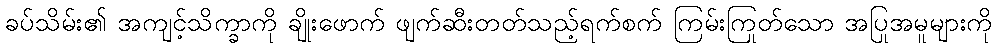
ခပ်သိမ်း၏ အကျင့်သိက္ခာကို ချိုးဖောက် ဖျက်ဆီးတတ်သည့်ရက်စက် ကြမ်းကြုတ်သော အပြုအမူများကို